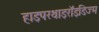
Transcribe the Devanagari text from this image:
हाइपरथाइरॉइडिज्म